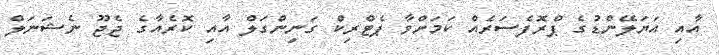
އާއި އަޔަލޭންޑުގެ ޕްރޮފެސަރެއް ކަމަށްވާ ޕެޓްރިކް ގަނިންގަލް އާއި ކޮރެއާގެ ޖެޖޫ ނެޝަނަލް